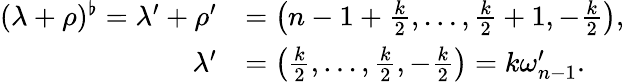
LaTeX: \begin{array}{rl}{(\lambda+\rho)^{\flat}=\lambda^{\prime}+\rho^{\prime}}&{=\left(n-1+\frac{k}{2},\ldots,\frac{k}{2}+1,-\frac{k}{2}\right),}\\ {\lambda^{\prime}}&{=\left(\frac{k}{2},\ldots,\frac{k}{2},-\frac{k}{2}\right)=k\omega_{n-1}^{\prime}.}\end{array}